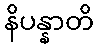
နိပန္နာတိ